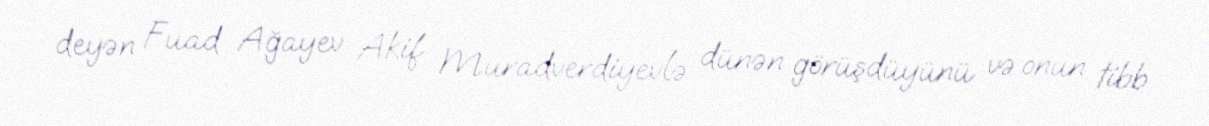
deyən Fuad Ağayev Akif Muradverdiyevlə dünən görüşdüyünü və onun tibb